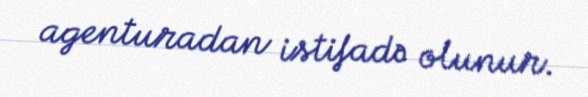
agenturadan istifadə olunur.